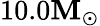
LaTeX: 10.0\mathbf{M}_{\odot}